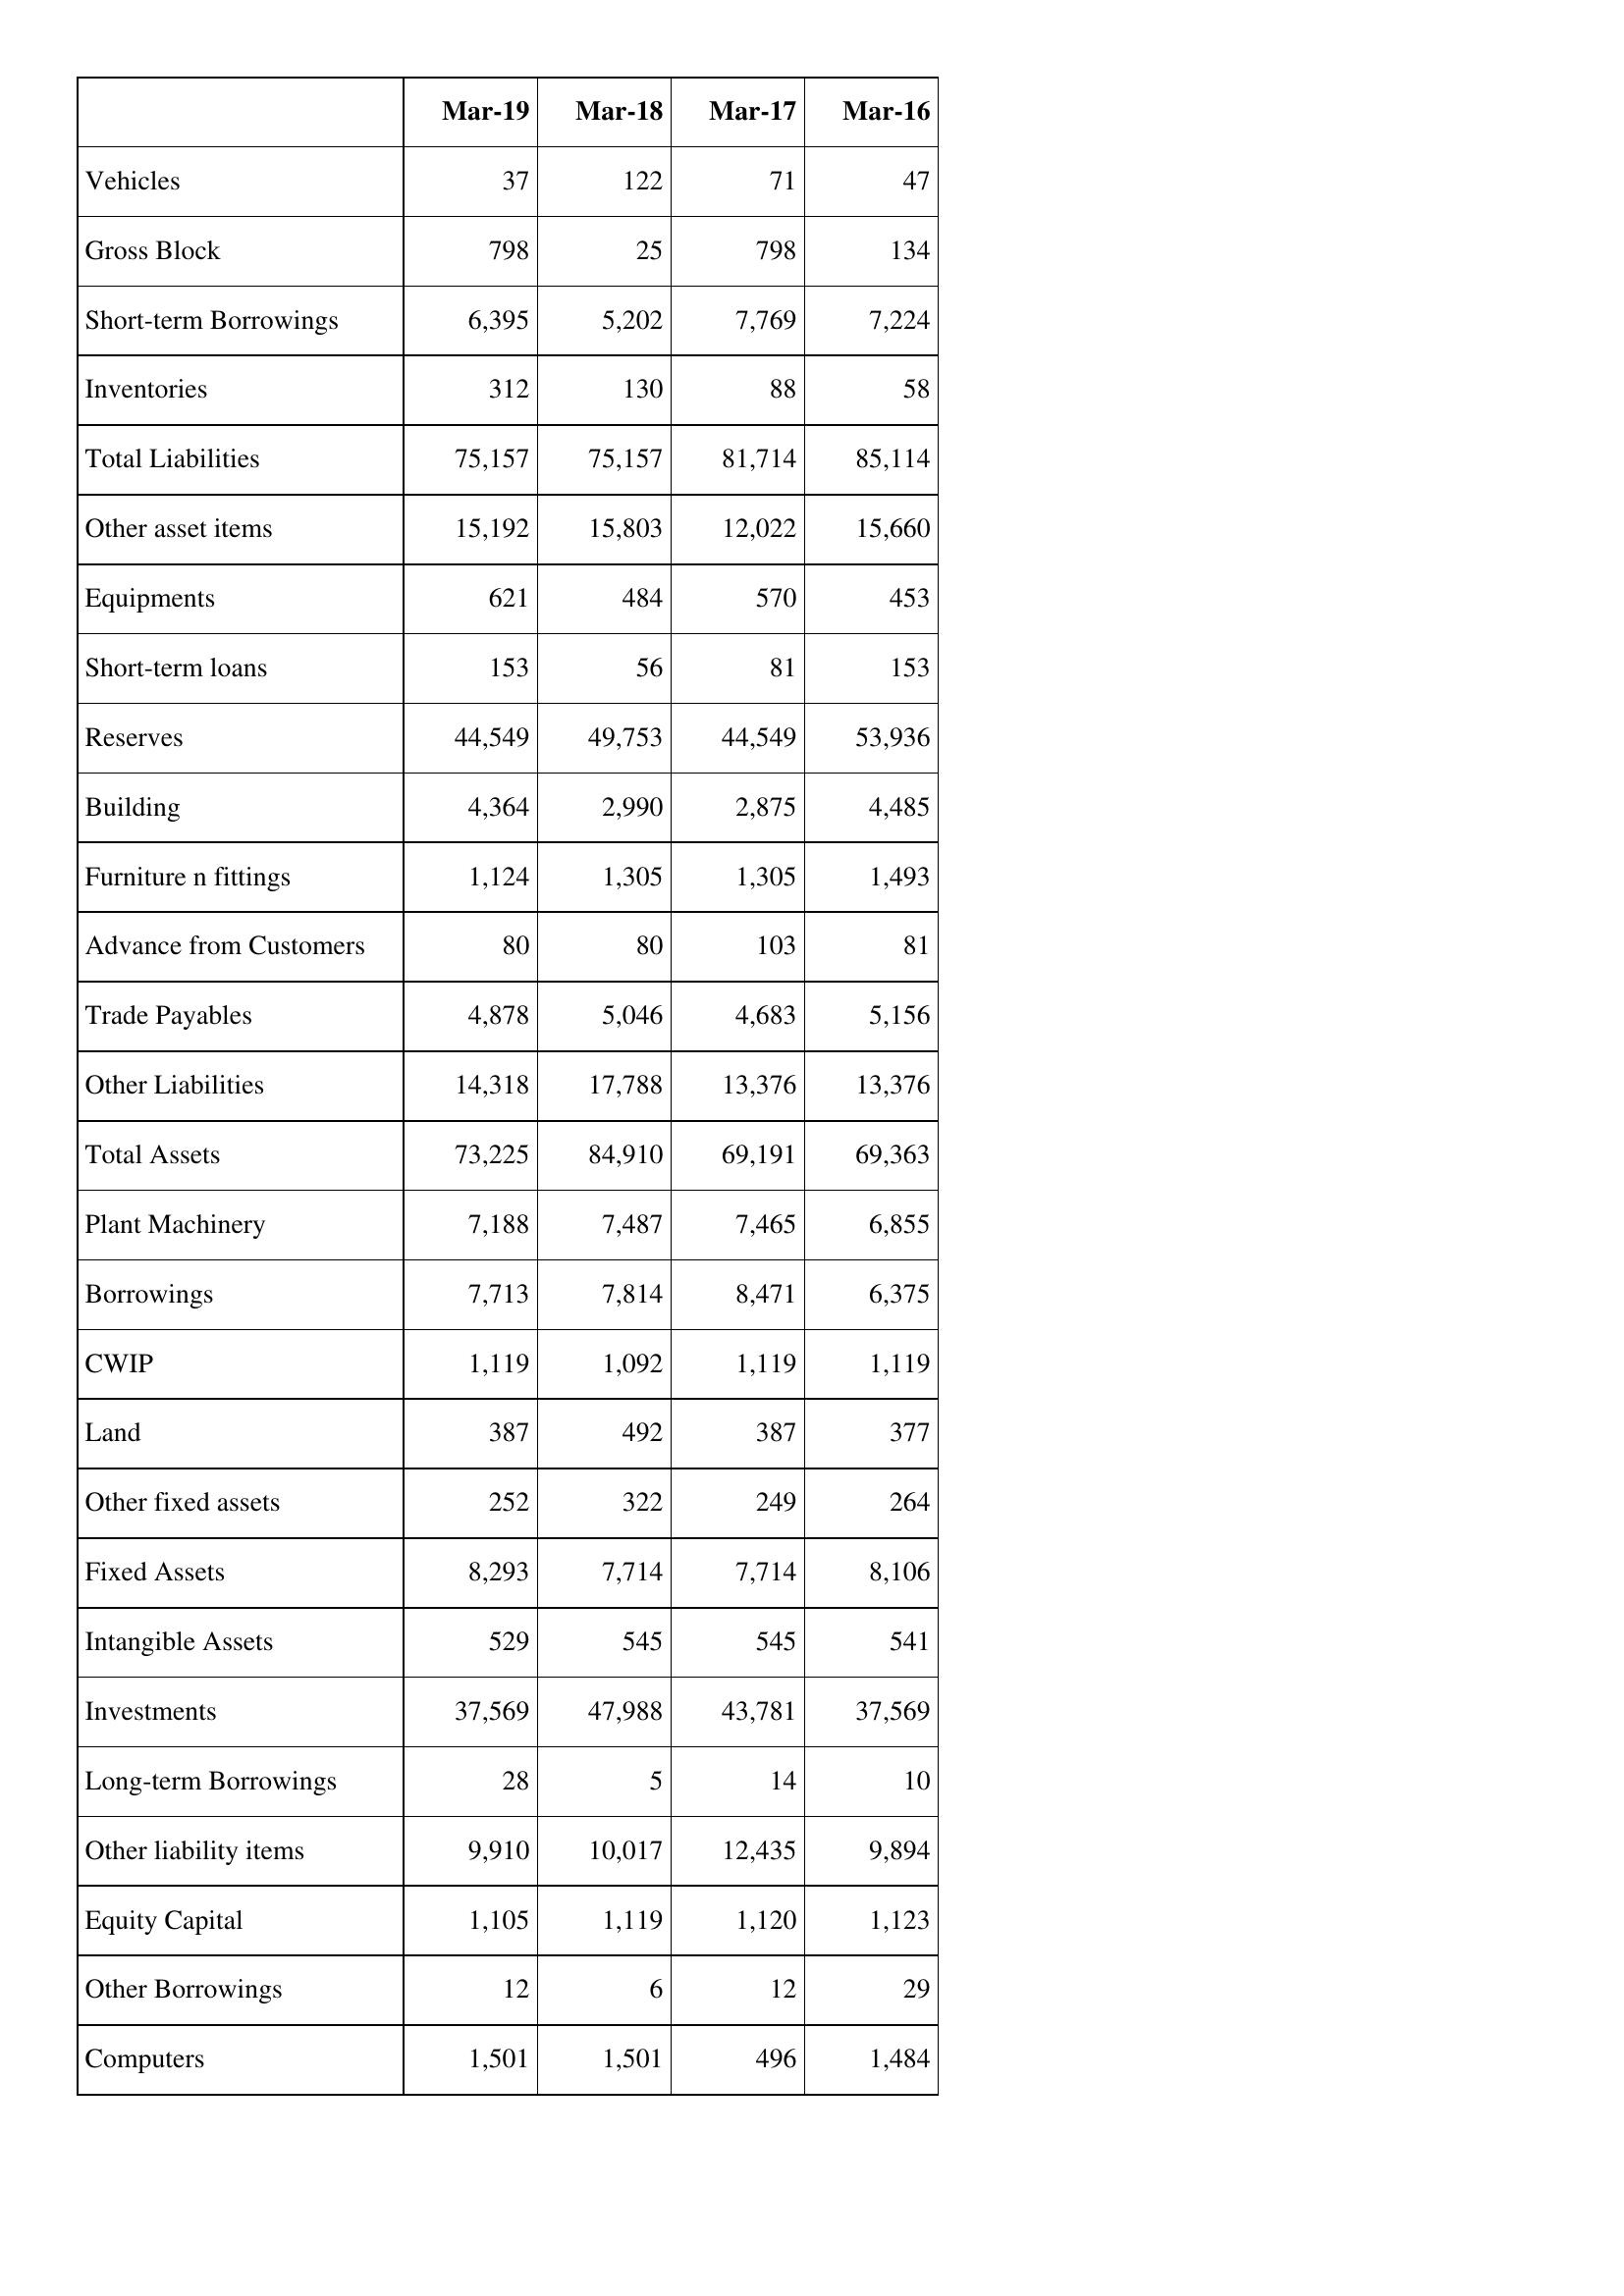
Mar-19: Balance Sheet: Vehicles: 37
Gross Block: 798
Short-term Borrowings: 6,395
Inventories: 312
Total Liabilities: 75,157
Other asset items: 15,192
Equipments: 621
Short-term loans: 153
Reserves: 44,549
Building: 4,364
Furniture n fittings: 1,124
Advance from Customers: 80
Trade Payables: 4,878
Other Liabilities: 14,318
Total Assets: 73,225
Plant Machinery: 7,188
Borrowings: 7,713
CWIP: 1,119
Land: 387
Other fixed assets: 252
Fixed Assets: 8,293
Intangible Assets: 529
Investments: 37,569
Long-term Borrowings: 28
Other liability items: 9,910
Equity Capital: 1,105
Other Borrowings: 12
Computers: 1,501
Mar-18: Balance Sheet: Vehicles: 122
Gross Block: 25
Short-term Borrowings: 5,202
Inventories: 130
Total Liabilities: 75,157
Other asset items: 15,803
Equipments: 484
Short-term loans: 56
Reserves: 49,753
Building: 2,990
Furniture n fittings: 1,305
Advance from Customers: 80
Trade Payables: 5,046
Other Liabilities: 17,788
Total Assets: 84,910
Plant Machinery: 7,487
Borrowings: 7,814
CWIP: 1,092
Land: 492
Other fixed assets: 322
Fixed Assets: 7,714
Intangible Assets: 545
Investments: 47,988
Long-term Borrowings: 5
Other liability items: 10,017
Equity Capital: 1,119
Other Borrowings: 6
Computers: 1,501
Mar-17: Balance Sheet: Vehicles: 71
Gross Block: 798
Short-term Borrowings: 7,769
Inventories: 88
Total Liabilities: 81,714
Other asset items: 12,022
Equipments: 570
Short-term loans: 81
Reserves: 44,549
Building: 2,875
Furniture n fittings: 1,305
Advance from Customers: 103
Trade Payables: 4,683
Other Liabilities: 13,376
Total Assets: 69,191
Plant Machinery: 7,465
Borrowings: 8,471
CWIP: 1,119
Land: 387
Other fixed assets: 249
Fixed Assets: 7,714
Intangible Assets: 545
Investments: 43,781
Long-term Borrowings: 14
Other liability items: 12,435
Equity Capital: 1,120
Other Borrowings: 12
Computers: 496
Mar-16: Balance Sheet: Vehicles: 47
Gross Block: 134
Short-term Borrowings: 7,224
Inventories: 58
Total Liabilities: 85,114
Other asset items: 15,660
Equipments: 453
Short-term loans: 153
Reserves: 53,936
Building: 4,485
Furniture n fittings: 1,493
Advance from Customers: 81
Trade Payables: 5,156
Other Liabilities: 13,376
Total Assets: 69,363
Plant Machinery: 6,855
Borrowings: 6,375
CWIP: 1,119
Land: 377
Other fixed assets: 264
Fixed Assets: 8,106
Intangible Assets: 541
Investments: 37,569
Long-term Borrowings: 10
Other liability items: 9,894
Equity Capital: 1,123
Other Borrowings: 29
Computers: 1,484